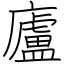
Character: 廬